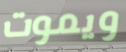
ويموت